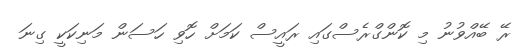
ރޭ ބޭއްވުނު މި ކޮންގްރެސްގައި ރައީސް ކަމަށް ހޮވި ހަސަން މަނިކަކީ ގިނަ